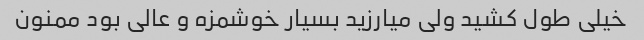
خیلی طول کشید ولی میارزید بسیار خوشمزه و عالی بود ممنون